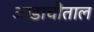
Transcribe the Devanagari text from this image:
आडाचौताल